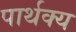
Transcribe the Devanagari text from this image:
पार्थक्‍य